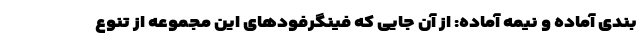
بندی آماده و نیمه آماده: از آن جایی که فینگرفودهای این مجموعه از تنوع